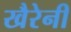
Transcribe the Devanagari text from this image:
खैरेनी